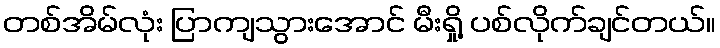
တစ်အိမ်လုံး ပြာကျသွားအောင် မီးရှို့ ပစ်လိုက်ချင်တယ်။